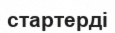
стартерді